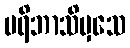
ပရိဘာသိမှသေ